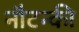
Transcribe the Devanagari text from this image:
नौटन्की